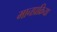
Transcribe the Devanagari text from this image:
मानप्रक्रिया